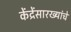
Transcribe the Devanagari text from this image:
केंद्रेंसारख्यांचे